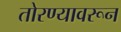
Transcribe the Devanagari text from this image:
तोरण्यावरून